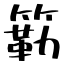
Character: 簕